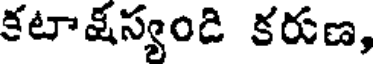
కటాషస్యండి కరుణ,